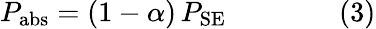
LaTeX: P_{\mathrm{{abs}}}=(1-\alpha)\, P_{\mathrm{{SE}}}\qquad\qquad(3)